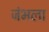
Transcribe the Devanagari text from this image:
जंभला